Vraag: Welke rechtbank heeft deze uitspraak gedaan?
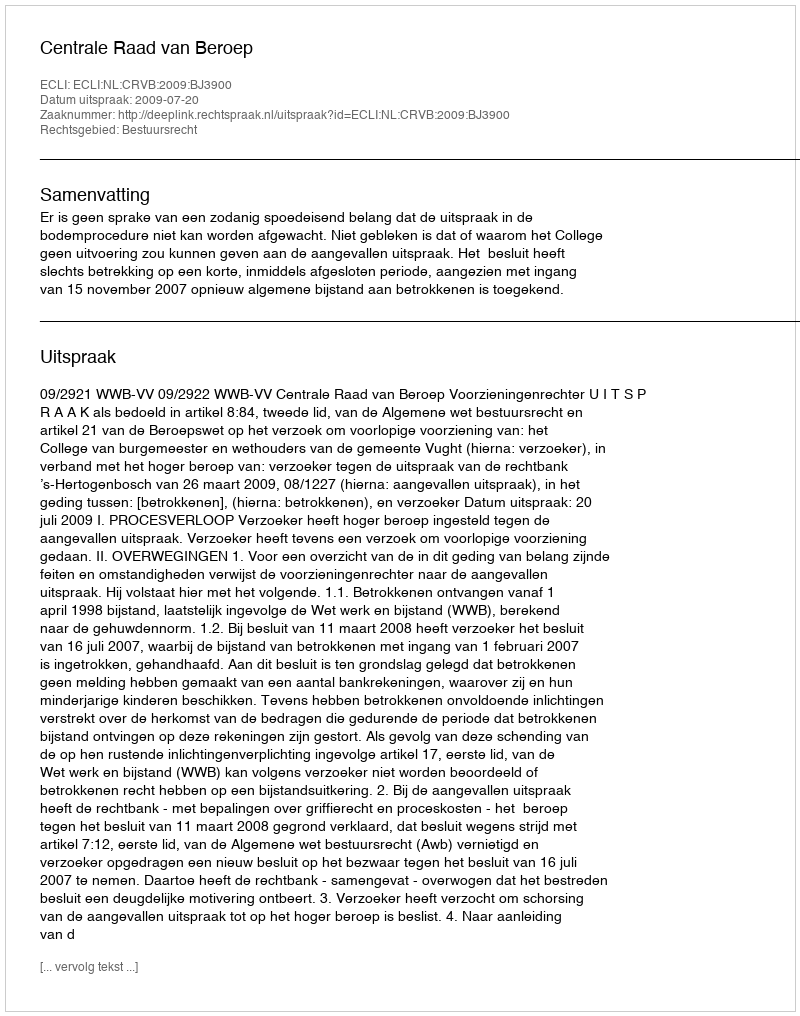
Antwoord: Centrale Raad van Beroep